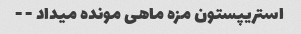
استریپستون مزه ماهی مونده میداد - -